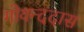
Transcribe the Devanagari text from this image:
गोयन्ददास